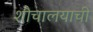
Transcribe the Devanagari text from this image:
शौचालयाची